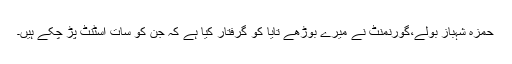
حمزہ شہباز بولے،گورنمنٹ نے میرے بوڑھے تایا کو گرفتار کیا ہے کہ جن کو سات اسٹنٹ پڑ چکے ہیں۔